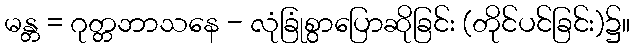
မန္တ = ဂုတ္တဘာသနေ - လုံခြုံစွာပြောဆိုခြင်း (တိုင်ပင်ခြင်း)၌။